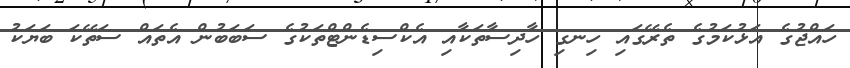
ހައްޖުގެ އަޅުކަމުގެ ތެރޭގައި ހިނގި ހާދިސާތަކާއި އެކްސިޑެންޓްތަކުގެ ސަބަބުން އެތައް ސަތޭކަ ބަޔަކު